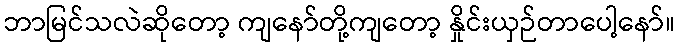
ဘာမြင်သလဲဆိုတော့ ကျနော်တို့ကျတော့ နှိုင်းယှဉ်တာပေါ့နော်။